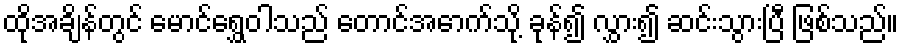
ထိုအချိန်တွင် မောင်ရွှေဝါသည် တောင်အောက်သို့ ခုန်၍ လွှား၍ ဆင်းသွားပြီ ဖြစ်သည်။